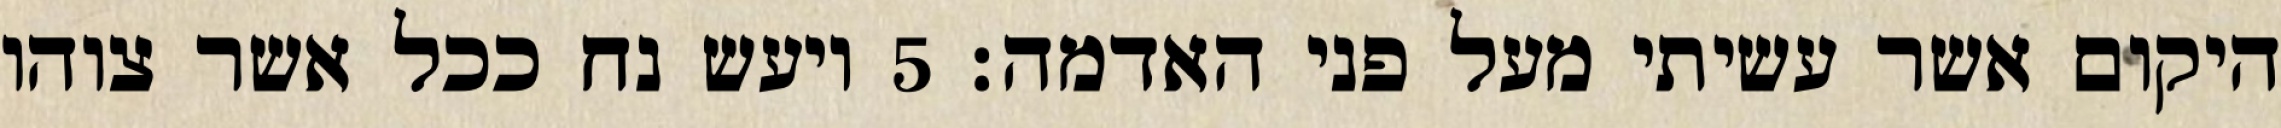
היקום אשר עשיתי מעל פני האדמה׃ ‎5‏ ויעש נח ככל אשר צוהו